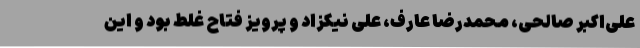
علی‌اکبر صالحی، محمدرضا عارف، علی نیکزاد و پرویز فتاح غلط بود و این